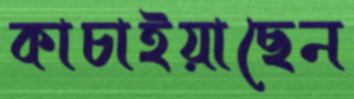
কাচাইয়াছেন